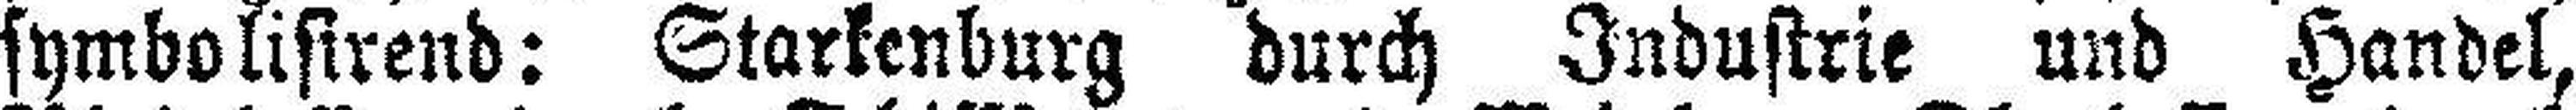
symbolisirend: Starkenburg durch Industrie und Handel,